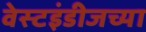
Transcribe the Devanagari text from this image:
वेस्टइंडीजच्या